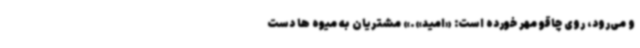
و می‌رود، روی چاقو مهر خورده است: «امید».» مشتریان به میوه ها دست